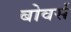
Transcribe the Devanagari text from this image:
बोवर्स